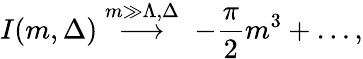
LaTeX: I(m,\Delta)\stackrel{m\gg\Lambda,\Delta}{\longrightarrow}\; -\frac{\pi}{2}m^{3}+\ldots,